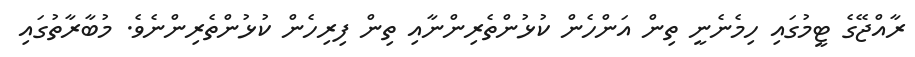
ރާއްޖޭގެ ޓީމުގައި ހިމެނެނީ ތިން އަންހެން ކުޅުންތެރިންނާއި ތިން ފިރިހެން ކުޅުންތެރިންނެވެ. މުބާރާތުގައި